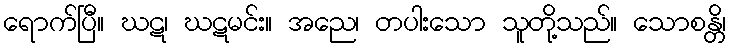
ရောက်ပြီ။ ဃဋ၊ ဃဋမင်း။ အညေ၊ တပါးသော သူတို့သည်။ သောစန္တိ၊